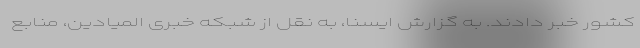
کشور خبر دادند. به گزارش ایسنا، به نقل از شبکه خبری المیادین، منابع